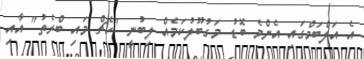
އެ އަލްބަމްގައި އެންމެ ބޮޑު މަގުބޫލުކަމެއް ލިބުނީ "ކެޗް މައި ބްރެތު" އާއި